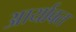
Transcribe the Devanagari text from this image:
आर्यावत